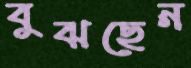
বুঝছেন